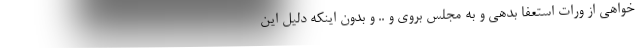
خواهی از ورات استعفا بدهی و به مجلس بروی و .. و بدون اینکه دلیل این